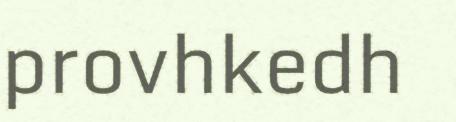
provhkedh